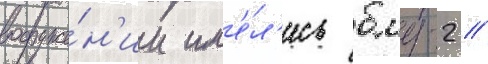
вооруже́н'ии им'е́л'ись бмд-2 //